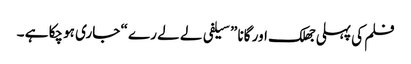
فلم کی پہلی جھلک اور گانا ” سیلفی لے لے رے “ جاری ہوچکا ہے ۔